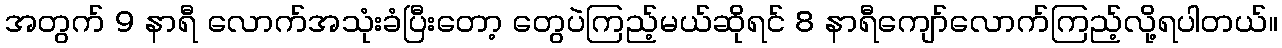
အတွက် 9 နာရီ လောက်အသုံးခံပြီးတော့ တွေပဲကြည့်မယ်ဆိုရင် 8 နာရီကျော်လောက်ကြည့်လို့ရပါတယ်။